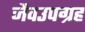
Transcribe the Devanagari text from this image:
जैवउपग्रह